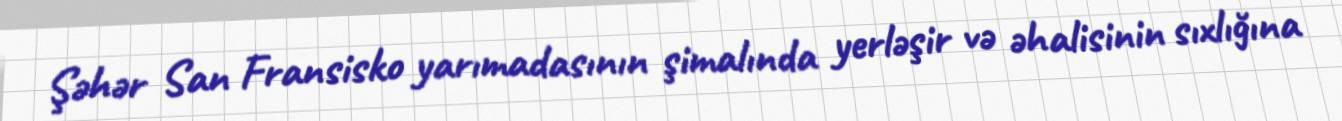
Şəhər San Fransisko yarımadasının şimalında yerləşir və əhalisinin sıxlığına